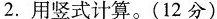
2.用竖式计算。(12分)